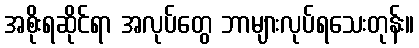
အစိုးရဆိုင်ရာ အလုပ်တွေ ဘာများလုပ်ရသေးတုန်း။